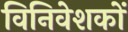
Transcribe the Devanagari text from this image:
विनिवेशकों